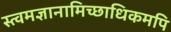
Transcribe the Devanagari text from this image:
स्त्वमज्ञानामिच्छाधिकमपि